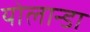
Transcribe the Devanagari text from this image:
योलान्डा